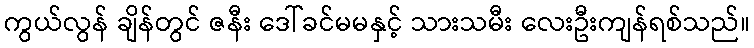
ကွယ်လွန် ချိန်တွင် ဇနီး ဒေါ်ခင်မမနှင့် သားသမီး လေးဦးကျန်ရစ်သည်။